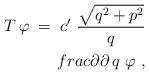
LaTeX: \begin{align*}T\,\varphi\;=\;c' \ \frac{\sqrt{q^2 + p^2}}{q} \\frac{\partial}{\partial\,q} \ \varphi \ ,\end{align*}